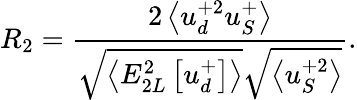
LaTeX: R_{2}=\frac{2\left<u_{d}^{+2}u_{S}^{+}\right>}{\sqrt{\left<E_{2L}^{2}\left[u_{d}^{+}\right]\right>}\sqrt{\left<u_{S}^{+2}\right>}}.